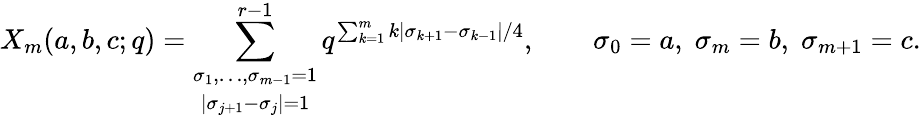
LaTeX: X_{m}(a,b,c;q)=\sum_{\begin{array}{c}{{\scriptstyle\sigma_{1},\ldots,\sigma_{m-1}=1}}\\ {{\scriptstyle|\sigma_{j+1}-\sigma_{j}|=1}}\end{array}}^{r-1}q^{\sum_{k=1}^{m}k|\sigma_{k+1}-\sigma_{k-1}|/4},\qquad\sigma_{0}=a,\; \sigma_{m}=b,\; \sigma_{m+1}=c.